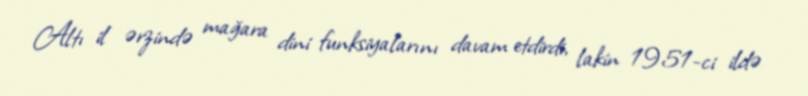
Altı il ərzində mağara dini funksiyalarını davam etdirdi, lakin 1951-ci ildə